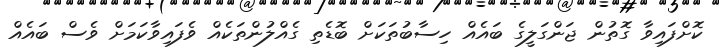
ކޮށްފައިވާ ގޮތުން ޖަންގަލީގެ ބައެއް ހިސާބުތަކަށް ބޮޑެތި ގެއްލުންތަކެއް ވެފައިވާކަމަށް ވެސް ބައެއް